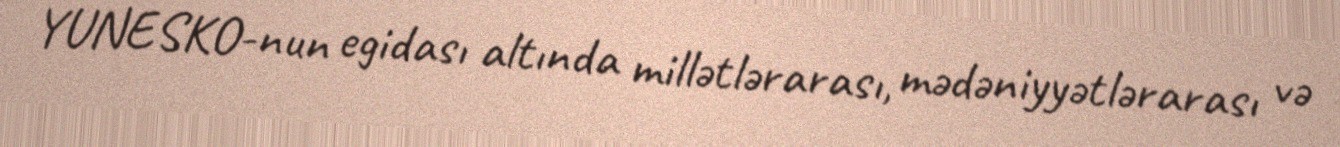
YUNESKO-nun egidası altında millətlərarası, mədəniyyətlərarası və